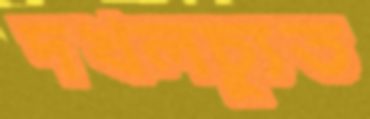
দখলচ্যুত